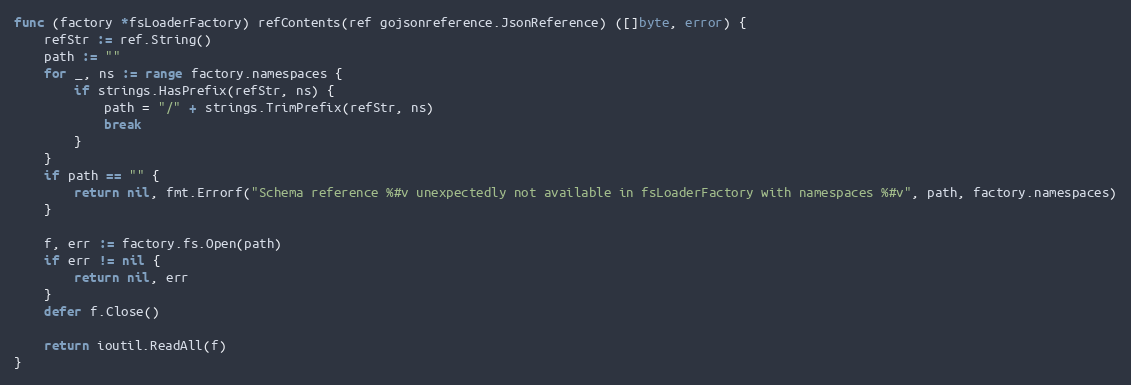
Language: Go
func (factory *fsLoaderFactory) refContents(ref gojsonreference.JsonReference) ([]byte, error) {
	refStr := ref.String()
	path := ""
	for _, ns := range factory.namespaces {
		if strings.HasPrefix(refStr, ns) {
			path = "/" + strings.TrimPrefix(refStr, ns)
			break
		}
	}
	if path == "" {
		return nil, fmt.Errorf("Schema reference %#v unexpectedly not available in fsLoaderFactory with namespaces %#v", path, factory.namespaces)
	}

	f, err := factory.fs.Open(path)
	if err != nil {
		return nil, err
	}
	defer f.Close()

	return ioutil.ReadAll(f)
}